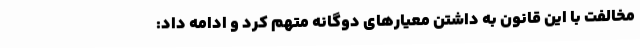
مخالفت با این قانون به داشتن معیارهای دوگانه متهم کرد و ادامه داد: